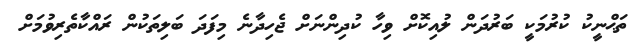
ތަޙްނީކު ކުރުމަކީ ބަރުދަން ލުއިކޮށް ވިހާ ކުދިންނަށް ޖެހިދާނެ މިފަދަ ބަލިތަކުން ރައްކާތެރިވުމަށް